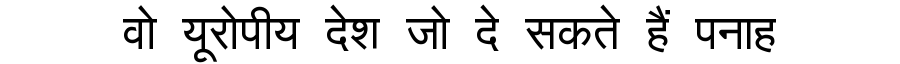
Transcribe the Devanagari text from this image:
वो यूरोपीय देश जो दे सकते हैं पनाह